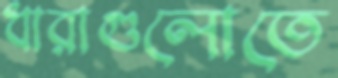
ধারাগুলোতে